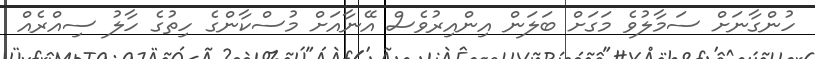
ހުންގާނަށް ސަމާލުވެ މަގަށް ބަލަން އިންއިރުވެސް އޭނާއަށް މުސްކާންގެ ހިތުގެ ހާލު ސިއްރެއް